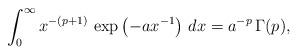
LaTeX: \begin{align*}\int_{0}^{\infty} x^{-(p+1)} \, \exp \left(-ax^{-1} \right) \, dx = a^{-p} \, \Gamma(p),\end{align*}